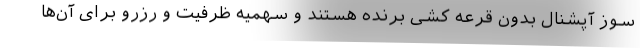
سوز آپشنال بدون قرعه کشی برنده هستند و سهمیه ظرفیت و رزرو برای آن‌ها